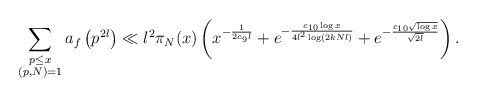
\begin{align*} \sum_{\substack{p \leq x \\ (p,N) = 1}}a_f\left(p^{2l}\right) \ll l^{2}\pi_N(x) \left( x^{- \frac{1}{2 c_{9}l}} + e^{- \frac{c_{10} \log x}{4l^{2} \log (2kNl)}} + e^{- \frac{c_{10} \sqrt{\log x}}{\sqrt{2l}}} \right ). \end{align*}